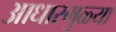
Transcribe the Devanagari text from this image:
आधारमुळ्या